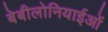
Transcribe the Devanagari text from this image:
बेबीलोनियाईओं